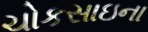
ચોકસાઇના